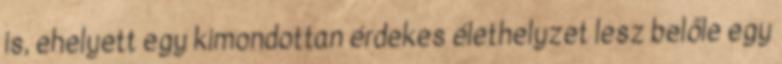
is, ehelyett egy kimondottan érdekes élethelyzet lesz belőle egy